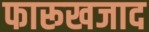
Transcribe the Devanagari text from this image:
फारूखजाद